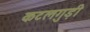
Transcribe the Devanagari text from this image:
कटलगुड़ी